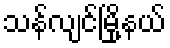
သန်လျင်မြို့နယ်